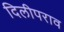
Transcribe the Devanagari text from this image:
दिलीपराव